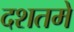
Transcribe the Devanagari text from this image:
दशतमे